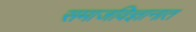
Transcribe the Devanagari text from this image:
समाजविज्ञानात